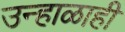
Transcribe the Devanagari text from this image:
उन्हाळाही